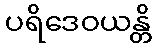
ပရိဒေဝယန္တိ